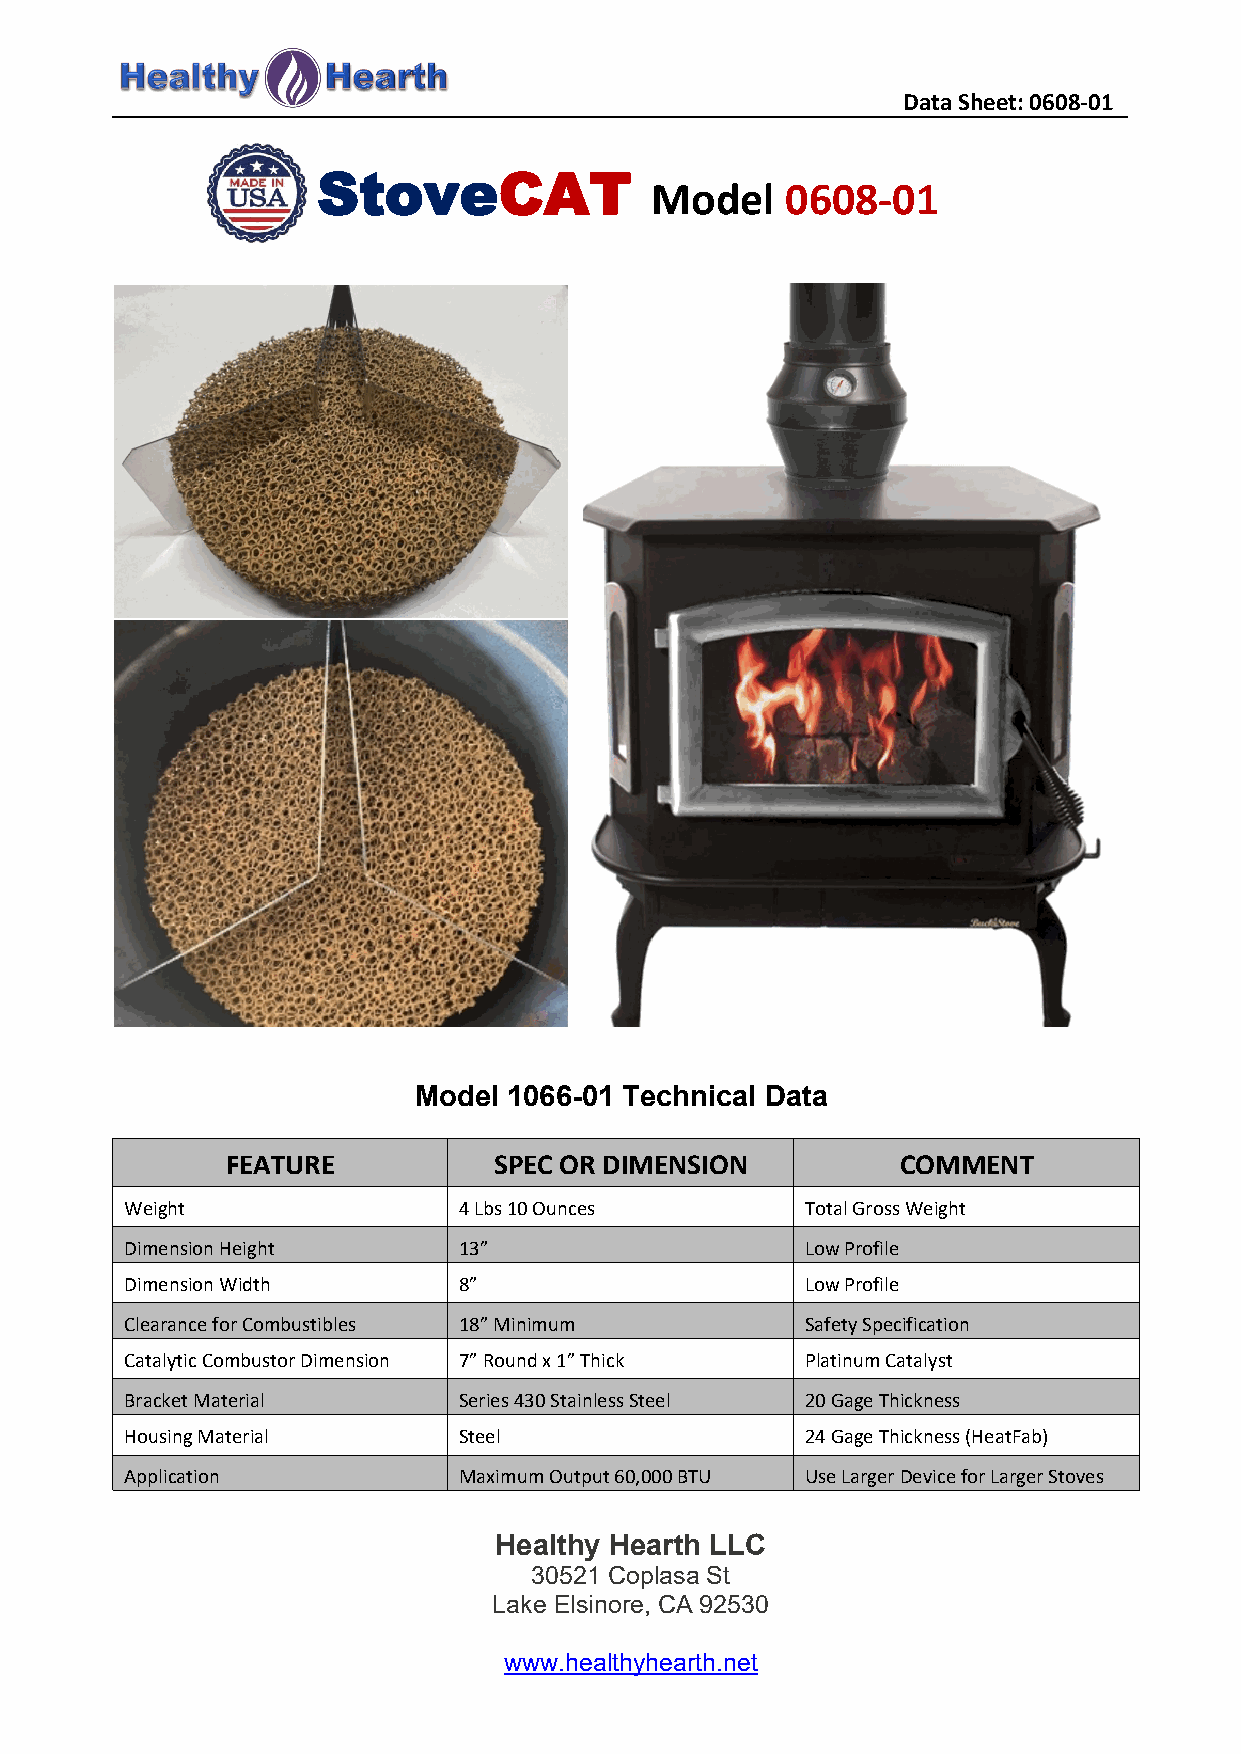
DataSheet:0608-01
 StoveCAT
 Model    0608-01
 Model  1066-01 Technical Data
 FEATURE           SPEC OR DIMENSION          COMMENT
 Weight                4Lbs10Ounces           TotalGrossWeight
 DimensionHeight       13”                    LowProfile
 DimensionWidth        8”                     LowProfile
 ClearanceforCombustibles 18”Minimum          SafetySpecification
 CatalyticCombustorDimension 7”Roundx1”Thick  PlatinumCatalyst
 BracketMaterial       Series430StainlessSteel 20GageThickness
 HousingMaterial       Steel                  24GageThickness(HeatFab)
 Application           MaximumOutput60,000BTU UseLargerDeviceforLargerStoves
 Healthy Hearth LLC
 30521 Coplasa St
 Lake Elsinore, CA 92530
 www.healthyhearth.net